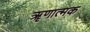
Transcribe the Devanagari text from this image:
ॠणात्मक